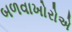
બળવાખોરોએ